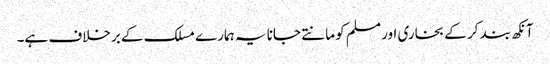
آنکھ بند کر کے بخاری اور مسلم کو مانتے جانا یہ ہمارے مسلک کے برخلاف ہے۔